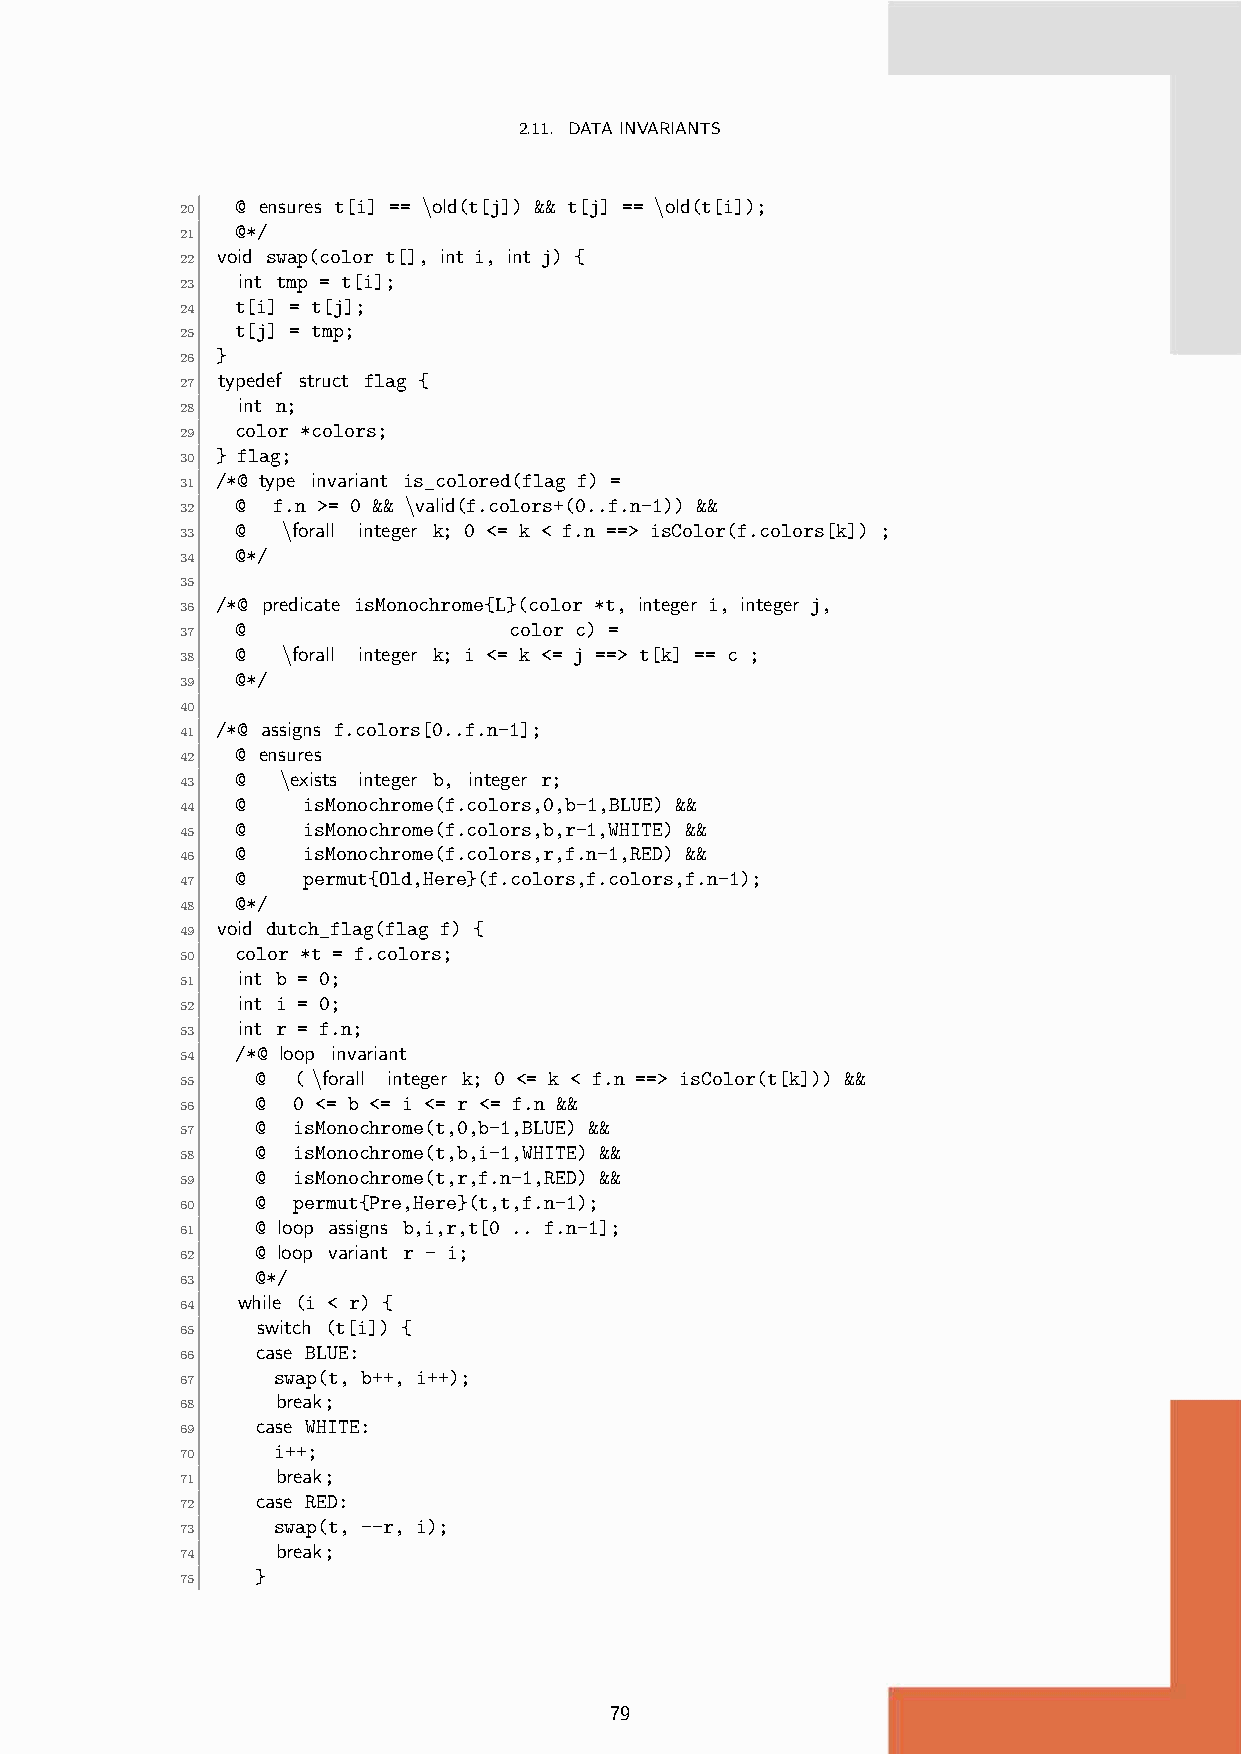
2.11. DATAINVARIANTS
 @ ensures t[i] == \old(t[j]) && t[j] == \old(t[i]);
 20
 @*/
 21
 void swap(color t[], int i, int j) {
 22
 int tmp = t[i];
 23
 t[i] = t[j];
 24
 t[j] = tmp;
 25
 }
 26
 typedef struct flag {
 27
 int n;
 28
 color *colors;
 29
 } flag;
 30
 /*@ type invariant is_colored(flag f) =
 31
 @ f.n >= 0 && \valid(f.colors+(0..f.n-1)) &&
 32
 @  \forall integer k; 0 <= k < f.n ==> isColor(f.colors[k]) ;
 33
 @*/
 34
 35
 /*@ predicate isMonochrome{L}(color *t, integer i, integer j,
 36
 @                 color c) =
 37
 @  \forall integer k; i <= k <= j ==> t[k] == c ;
 38
 @*/
 39
 40
 /*@ assigns f.colors[0..f.n-1];
 41
 @ ensures
 42
 @  \exists integer b, integer r;
 43
 @   isMonochrome(f.colors,0,b-1,BLUE) &&
 44
 @   isMonochrome(f.colors,b,r-1,WHITE) &&
 45
 @   isMonochrome(f.colors,r,f.n-1,RED) &&
 46
 @   permut{Old,Here}(f.colors,f.colors,f.n-1);
 47
 @*/
 48
 void dutch_flag(flag f) {
 49
 color *t = f.colors;
 50
 int b = 0;
 51
 int i = 0;
 52
 int r = f.n;
 53
 /*@ loop invariant
 54
 @ ( \forall integer k; 0 <= k < f.n ==> isColor(t[k])) &&
 55
 @ 0 <= b <= i <= r <= f.n &&
 56
 @ isMonochrome(t,0,b-1,BLUE) &&
 57
 @ isMonochrome(t,b,i-1,WHITE) &&
 58
 @ isMonochrome(t,r,f.n-1,RED) &&
 59
 @ permut{Pre,Here}(t,t,f.n-1);
 60
 @ loop assigns b,i,r,t[0 .. f.n-1];
 61
 @ loop variant r - i;
 62
 @*/
 63
 while (i < r) {
 64
 switch (t[i]) {
 65
 case BLUE:
 66
 swap(t, b++, i++);
 67
 break;
 68
 case WHITE:
 69
 i++;
 70
 break;
 71
 case RED:
 72
 swap(t, --r, i);
 73
 break;
 74
 }
 75
 79